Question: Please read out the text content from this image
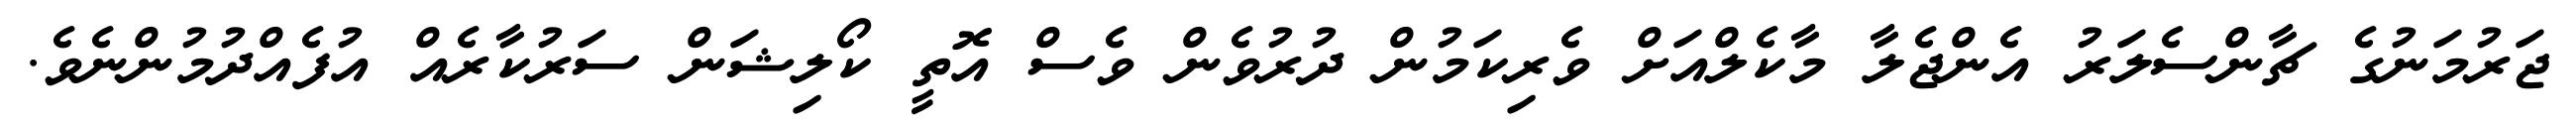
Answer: ޖަރުމަނުގެ ޗާންސެލަރު އެންޖެލާ މާކެލްއަށް ވެރިކަމުން ދުރުވެން ވެސް އޮތީ ކޯލިޝަން ސަރުކާރެއް އުފެއްދުމުންނެވެ.